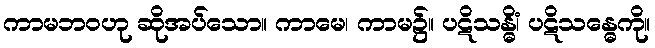
ကာမဘဝဟု ဆိုအပ်သော။ ကာမေ၊ ကာမ၌။ ပဋိသန္ဓိံ၊ ပဋိသန္ဓေကို။